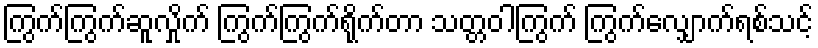
ကြွက်ကြွက်ဆူလှိုက် ကြွက်ကြွက်ရိုက်တာ သတ္တဝါကြွက် ကြွက်လျှောက်ရစ်သင့်